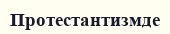
Протестантизмде